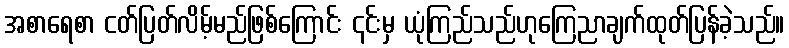
အစာရေစာ ငတ်ပြတ်လိမ့်မည်ဖြစ်ကြောင်း ၎င်းမှ ယုံကြည်သည်ဟုကြေညာချက်ထုတ်ပြန်ခဲ့သည်။